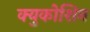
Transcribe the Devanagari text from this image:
क्युकोशिन